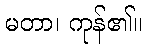
မတာ၊ ကုန်၏။